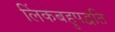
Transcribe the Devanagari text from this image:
लिंकबहुपद्वति